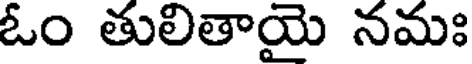
ఓం తులితాయై నమః